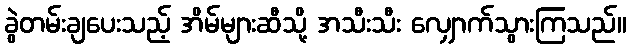
ခွဲတမ်းချပေးသည့် အိမ်များဆီသို့ အသီးသီး လျှောက်သွားကြသည်။